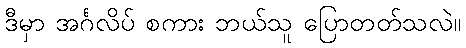
ဒီမှာ အင်္ဂလိပ် စကား ဘယ်သူ ပြောတတ်သလဲ။